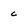
Character: c